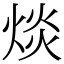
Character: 㷋